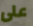
على